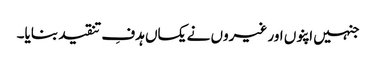
جنہیں اپنوں اور غیروں نے یکساں ہدفِ تنقید بنایا۔